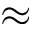
\approx